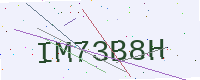
Text: IM73B8H